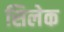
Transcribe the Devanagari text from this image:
सिलेक